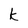
Character: k